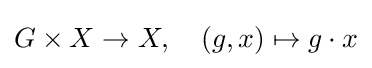
G\times X\rightarrow X,\quad (g,x)\mapsto g\cdot x